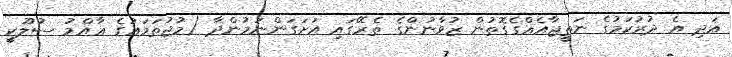
އަދި އެ ދުރުކަމުގެ ނަތީޖާއެއްގެގޮތުން ޒުވާނުންގެ ތެރޭގައި އަށަގަންނަމުންދާ (މުޖުތަމަޢުގެ ޢާއްމު ސުލޫކީ